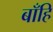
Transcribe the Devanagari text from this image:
बाँहि